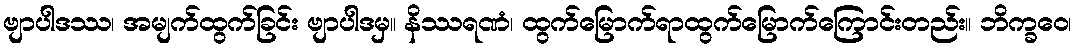
ဗျာပါဒဿ၊ အမျက်ထွက်ခြင်း ဗျာပါဒမှ။ နိဿရဏံ၊ ထွက်မြောက်ရာထွက်မြောက်ကြောင်းတည်း။ ဘိက္ခဝေ၊